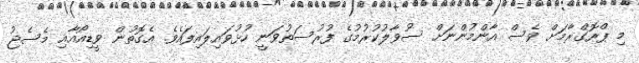
މި ޕްރޮގްރާމަށް ވެސް އާންމުންނަށް ސުވާލުކުރުމުގެ ފުރުސަތުވަނީ ހުޅުވައިލައިފައެވެ. އެގޮތުން ވީޑިއޯއާއި މެސެޖު